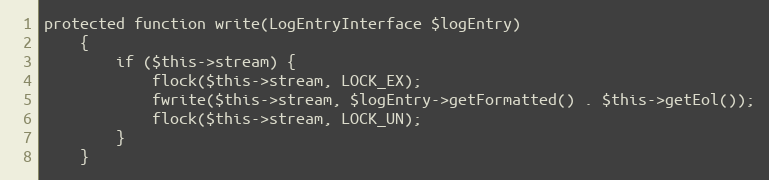
Language: PHP
protected function write(LogEntryInterface $logEntry)
    {
        if ($this->stream) {
            flock($this->stream, LOCK_EX);
            fwrite($this->stream, $logEntry->getFormatted() . $this->getEol());
            flock($this->stream, LOCK_UN);
        }
    }